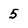
Character: 5